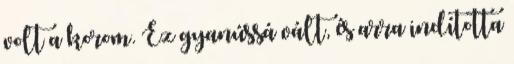
volt a korom. Ez gyanússá vált, és arra indította